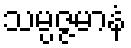
သမ္ပဇ္ဇမာနံ